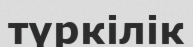
түркілік